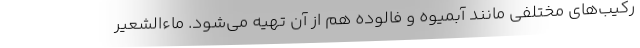
رکیب‌های مختلفی مانند آبمیوه و فالوده هم از آن تهیه می‌شود. ماءالشعیر